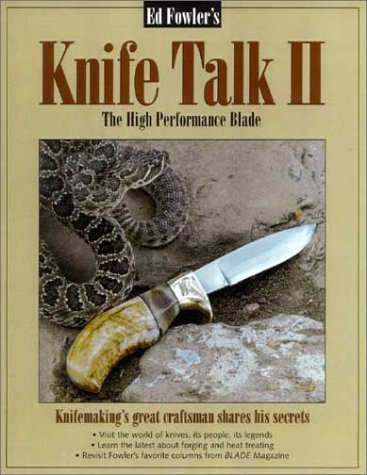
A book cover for Knife Talk II: The High Performance Blade; Ed Fowler; Crafts, Hobbies & Home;